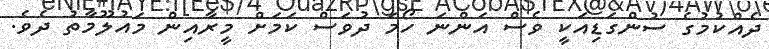
ދެއްކުމުގެ ސުންގަޑިއަކީ ވެސް އަންނަ ހޯމަ ދުވަސް ކަމަށް މީރާއިން މައުލޫމާތު ދެެވެ.